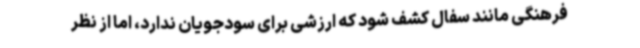
فرهنگی مانند سفال کشف شود که ارزشی برای سودجویان ندارد، اما از نظر